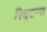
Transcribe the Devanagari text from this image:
रियूटन्स